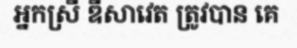
អ្នកស្រី ឌីសាវេត ត្រូវបាន គេ